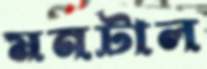
মনটাল